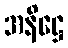
အနိဋ္ဌေ